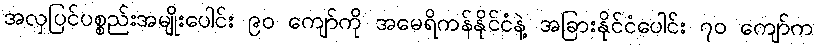
အလှပြင်ပစ္စည်းအမျိုးပေါင်း ၉၀ ကျော်ကို အမေရိကန်နိုင်ငံနဲ့ အခြားနိုင်ငံပေါင်း ၇၀ ကျော်က